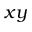
x y